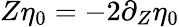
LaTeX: Z\eta_{0}=-2\partial_{Z}\eta_{0}